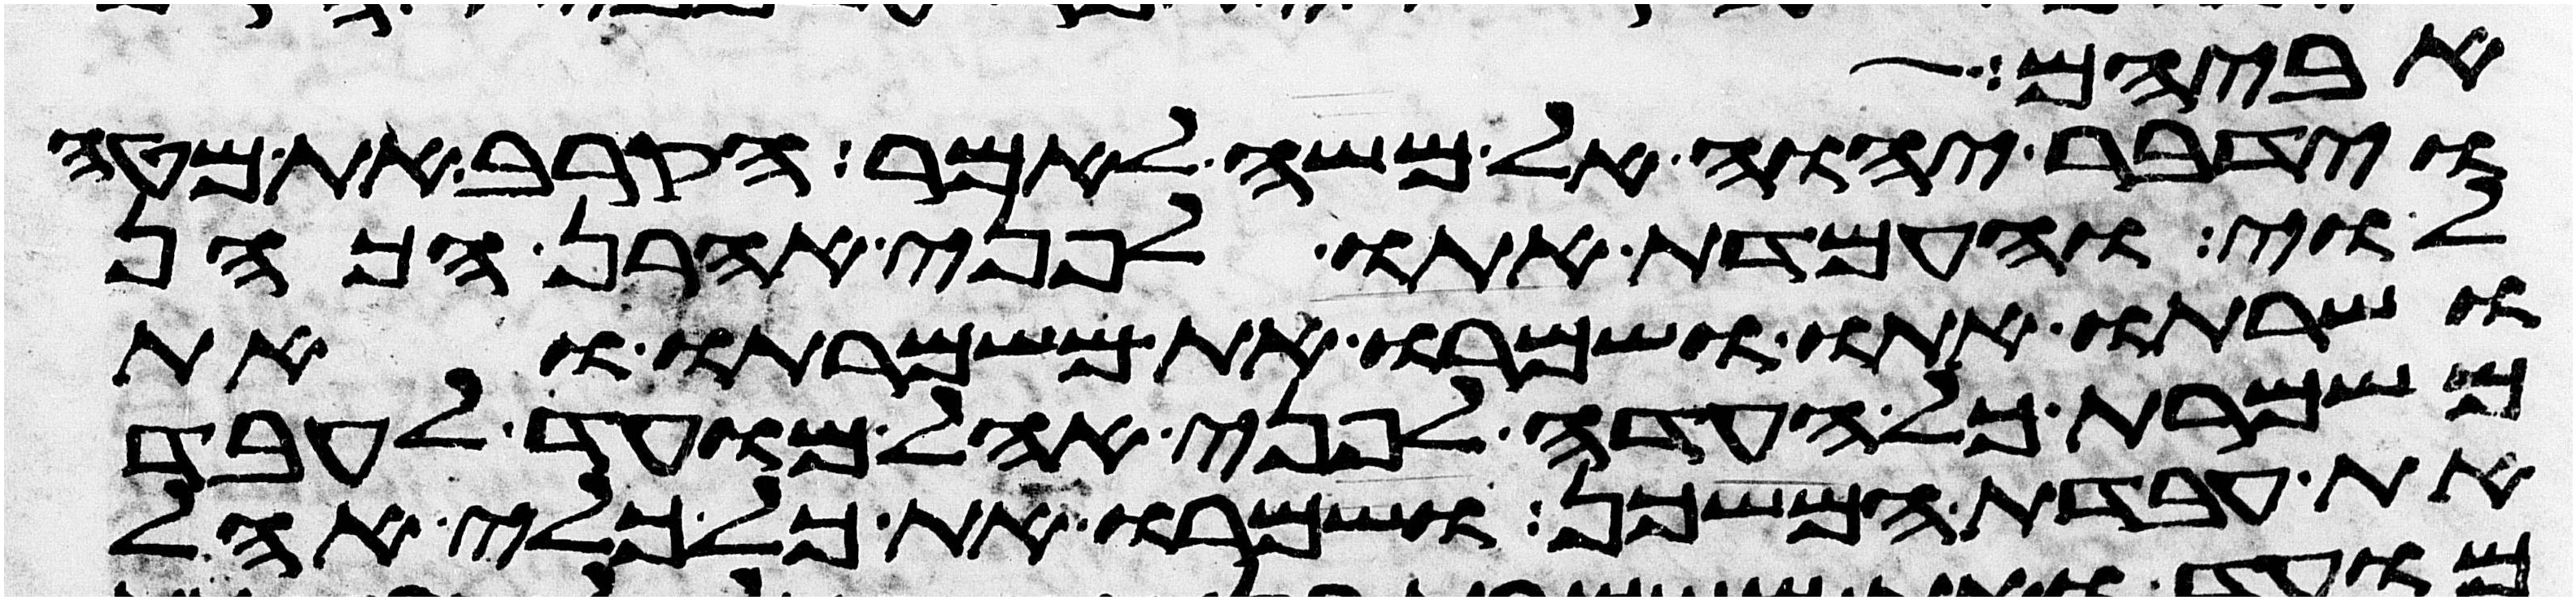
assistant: אביהם
וידבר יהוה אל משה לאמר הקרב את מטה
לוי והעמדת אתו לפני אהרן הכהן
ושרתו אתו ושמרו את משמרתו ואת
משמרת כל העדה לפני אהל מועד לעבד
את עבדת המשכן ושמרו את כל כלי אהל